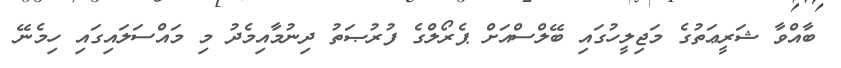
ބާއްވާ ޝަރީޢަތުގެ މަޖިލީހުގައި ބޭލްސްއަށް ޕެރޯލްގެ ފުރުޞަތު ދިނުމާއިމެދު މި މައްސަލައިގައި ހިމެނޭ